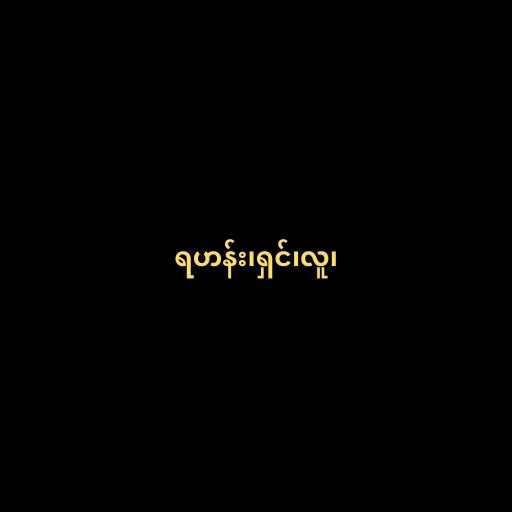
ရဟန်း၊ရှင်၊လူ၊